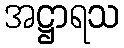
အဋ္ဌာရသ